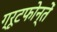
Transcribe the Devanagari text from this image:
ग्रूटफोन्तें